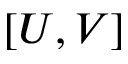
[ U , V ]